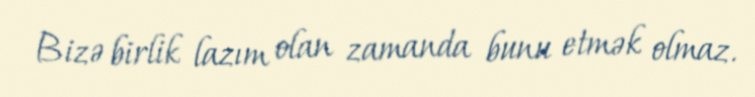
Bizə birlik lazım olan zamanda bunu etmək olmaz.